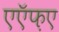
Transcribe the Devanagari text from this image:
एऍफ़ए